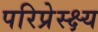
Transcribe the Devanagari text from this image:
परिप्रेस्क्ष्य